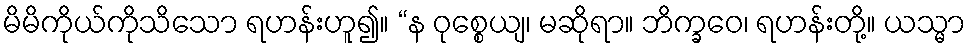
မိမိကိုယ်ကိုသိသော ရဟန်းဟူ၍။ “န ဝုစ္စေယျ၊ မဆိုရာ။ ဘိက္ခဝေ၊ ရဟန်းတို့။ ယသ္မာ